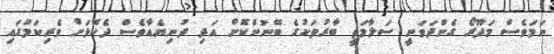
ނަމަވެސް މަދޫރޯ ގެންދަވަނީ ސަލާމަތީ ބާރުތަކުގެ ބޭނުންކޮށް އަދި ދުނިޔެއާވެސް ދެކޮޅަށް ވެރިކަމުގައި